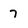
Character: 7